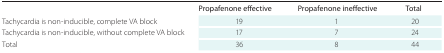
|  | Propafenone effective | Propafenone ineffective | Total |
 | --- | --- | --- | --- |
 | Tachycardia is non-inducible, complete VA block | 19 | 1 | 20 |
 | Tachycardia is non-inducible, without complete VA block | 17 | 7 | 24 |
 | Total | 36 | 8 | 44 |